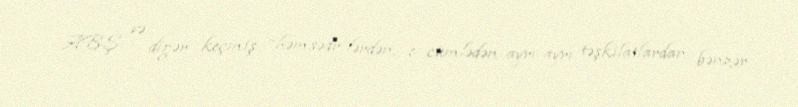
ABŞ və digər keçmiş “həmsədr”lərdən, o cümlədən ayrı-ayrı təşkilatlardan bənzər